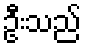
ဦးသည်